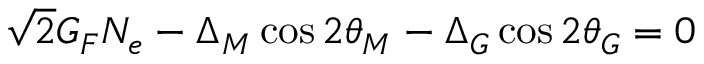
\sqrt { 2 } G _ { F } N _ { e } - { \Delta _ { M } } \cos 2 \theta _ { M } - { \Delta _ { G } } \cos 2 \theta _ { G } = 0